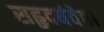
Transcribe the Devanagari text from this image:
सहृदयंवेद्या